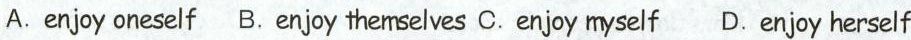
A. enjoy oneself B. Enjoy themselves